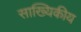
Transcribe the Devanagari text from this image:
साख्यिकीय